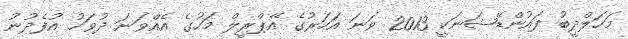
މަހަލްދީބު ފައުންޑޭޝަނަކީ 2013 ވަނަ އަހަރުގެ އޭޕްރީލް މަހުގެ އެއްވަނަ ދުވަހު އުފެދުނު